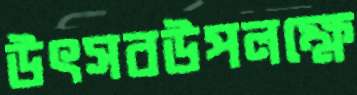
উৎসবউপলক্ষে